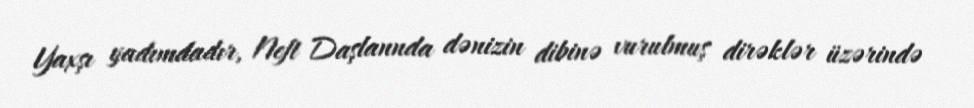
Yaxşı yadımdadır, Neft Daşlannda dənizin dibinə vurulmuş dirəklər üzərində